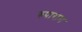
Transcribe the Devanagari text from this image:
रुपाराम